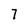
Character: 7